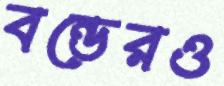
বন্ডেরও